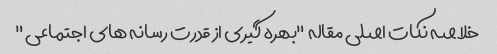
خلاصه نکات اصلی مقاله "بهره گیری از قدرت رسانه های اجتماعی"